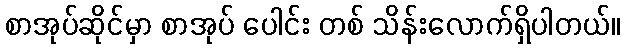
စာအုပ်ဆိုင်မှာ စာအုပ် ပေါင်း တစ် သိန်းလောက်ရှိပါတယ်။